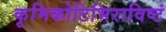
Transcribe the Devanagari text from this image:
कृमिकोटिभिराविष्टं